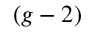
( g - 2 )